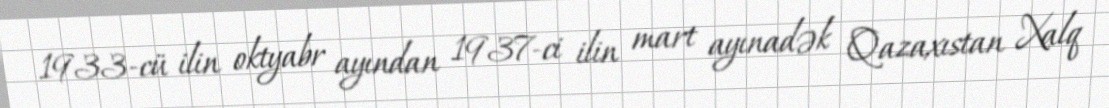
1933-cü ilin oktyabr ayından 1937-ci ilin mart ayınadək Qazaxıstan Xalq